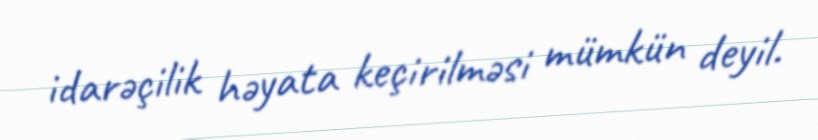
idarəçilik həyata keçirilməsi mümkün deyil.